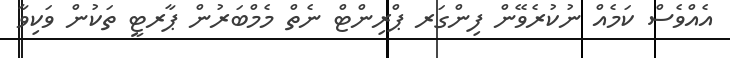
އެެއްވެސް ކަމެއް ނުކުރެވޭން ފިންގަރ ޕްރިންޓް ނެތް މެމްބަރުން ޕާރޓީ ތަކުން ވަކިވާ